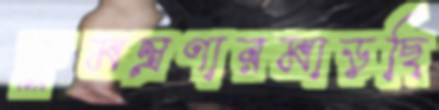
কুমন্ত্রণারমাড়ছি